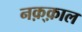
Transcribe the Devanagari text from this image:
नक़्क़ाल